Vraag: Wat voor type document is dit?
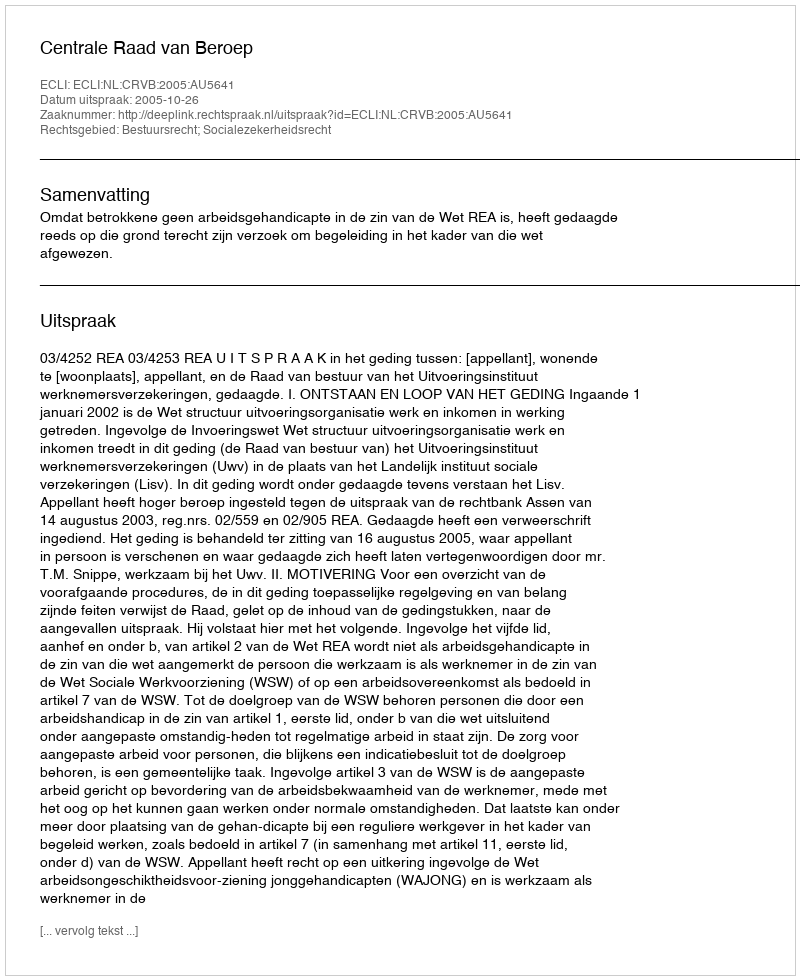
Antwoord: Uitspraak